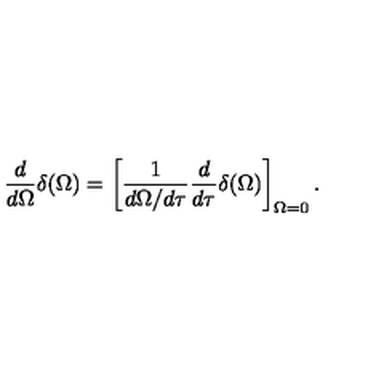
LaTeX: { \frac { d } { d \Omega } } \delta ( \Omega ) = \left[ { \frac { 1 } { d \Omega / d \tau } } { \frac { d } { d \tau } } \delta ( \Omega ) \right] _ { \Omega = 0 } .